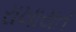
રાખાયત